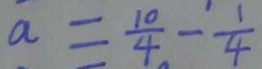
a = \frac { 1 0 } { 4 } - \frac { 1 } { 4 }